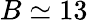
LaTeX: B\simeq 13